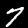
Digit: 7